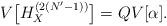
LaTeX: \begin{align*}V\bigl[H^{(2(N'-1))}_{X}\bigr]=QV[\alpha].\end{align*}